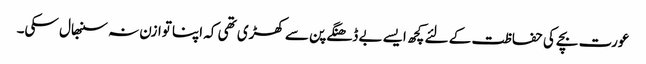
عورت بچے کی حفاظت کے لئے کچھ ایسے بے ڈھنگے پن سے کھڑی تھی کہ اپنا توازن نہ سنبھال سکی۔